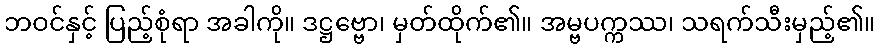
ဘဝင်နှင့် ပြည့်စုံရာ အခါကို။ ဒဋ္ဌဗ္ဗော၊ မှတ်ထိုက်၏။ အမ္ဗပက္ကဿ၊ သရက်သီးမှည့်၏။